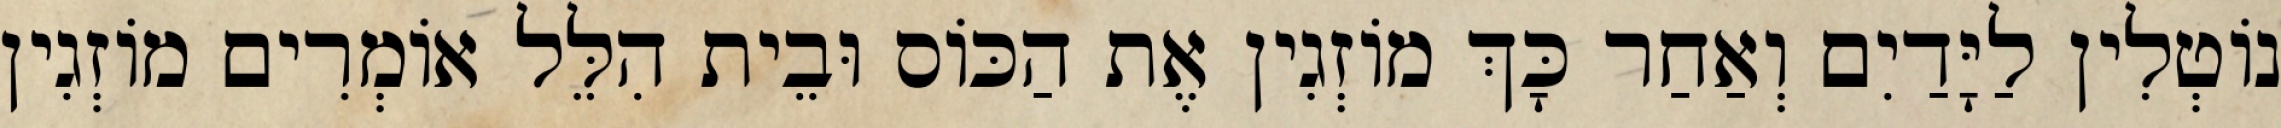
נוֹטְלִין לַיָּדַיִם וְאַחַר כָּךְ מוֹזְגִין אֶת הַכּוֹס וּבֵית הִלֵּל אוֹמְרִים מוֹזְגִין